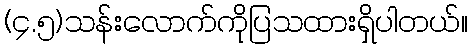
(၄.၅)သန်းလောက်ကိုပြသထားရှိပါတယ်။